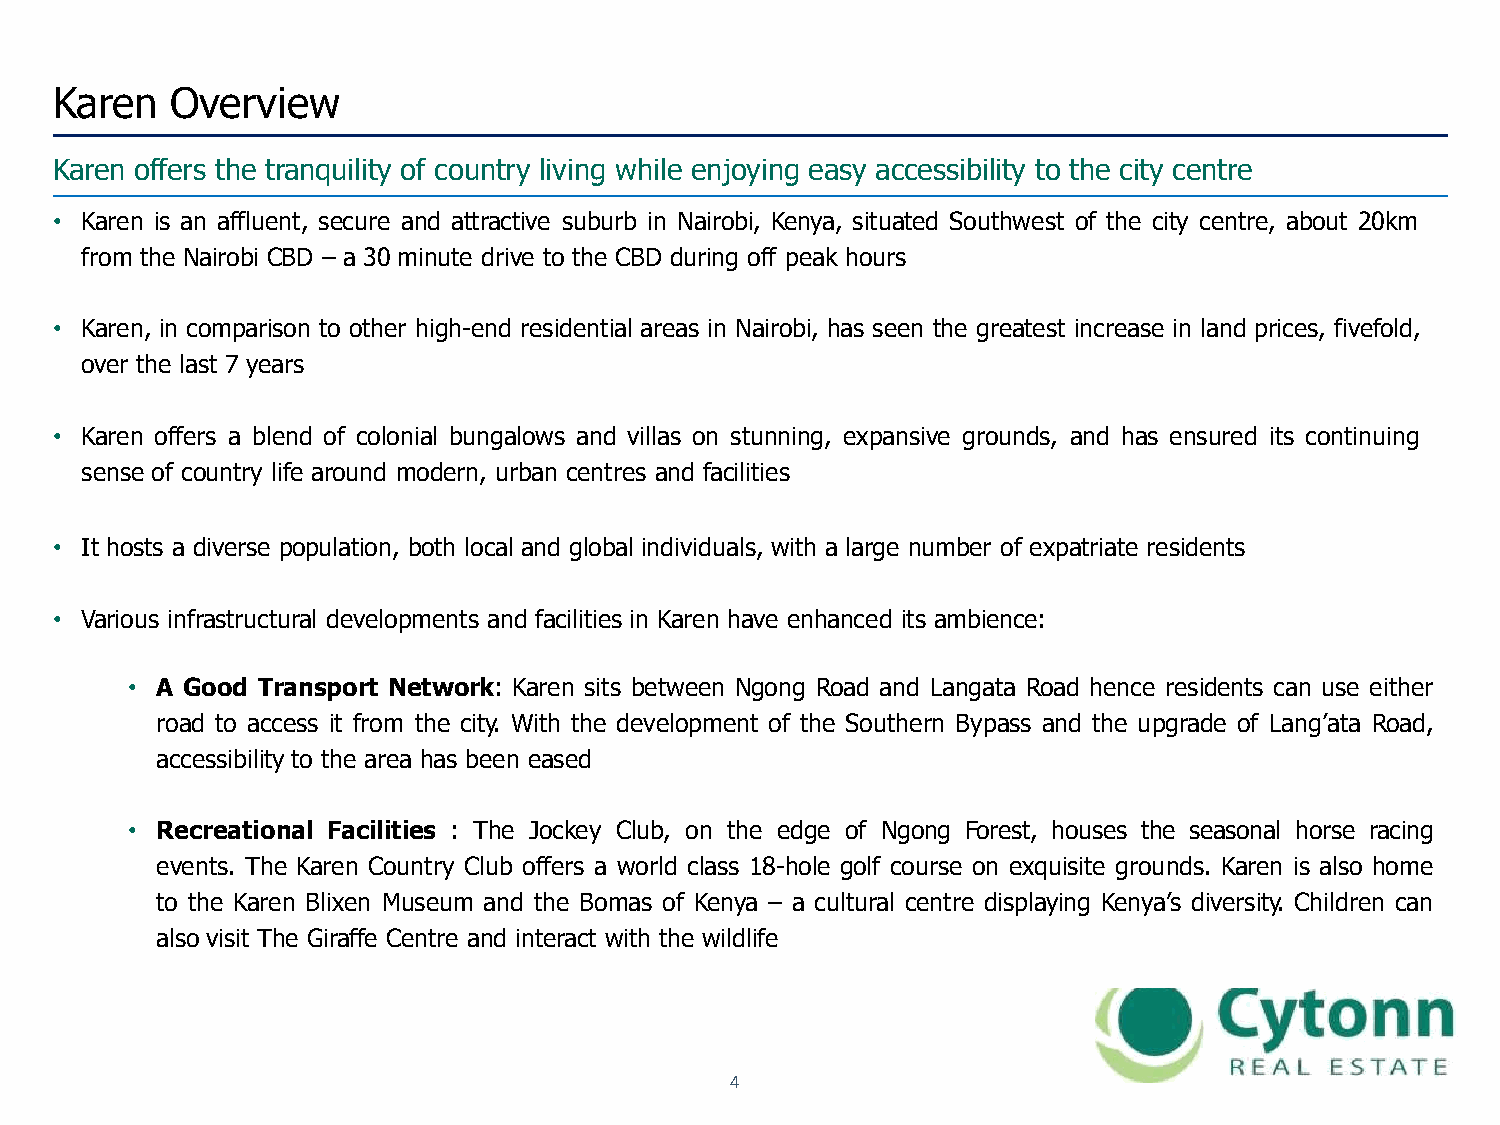
Karen  Overview
 Karen offers the tranquility of country living while enjoying easy accessibility to the city centre
 • Karen is an affluent, secure and attractive suburb in Nairobi, Kenya, situated Southwest of the city centre, about 20km
 from the Nairobi CBD – a 30 minute drive to the CBD during off peak hours
 • Karen, in comparison to other high-end residential areas in Nairobi, has seen the greatest increase in land prices, fivefold,
 over the last 7 years
 • Karen offers a blend of colonial bungalows and villas on stunning, expansive grounds, and has ensured its continuing
 sense of country life around modern, urban centres and facilities
 • It hosts a diverse population, both local and global individuals, with a large number of expatriate residents
 • Various infrastructural developments and facilities in Karen have enhanced its ambience:
 • A Good Transport Network: Karen sits between Ngong Road and Langata Road hence residents can use either
 road to access it from the city. With the development of the Southern Bypass and the upgrade of Lang’ata Road,
 accessibility to the area has been eased
 • Recreational Facilities : The Jockey Club, on the edge of Ngong Forest, houses the seasonal horse racing
 events. The Karen Country Club offers a world class 18-hole golf course on exquisite grounds. Karen is also home
 to the Karen Blixen Museum and the Bomas of Kenya – a cultural centre displaying Kenya’s diversity. Children can
 also visit The Giraffe Centre and interact with the wildlife
 4